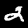
Digit: 2